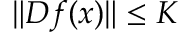
\| D f ( x ) \| \leq K